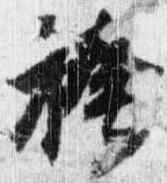
袴